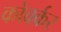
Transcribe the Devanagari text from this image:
कोवर्कर